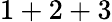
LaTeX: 1+2+3